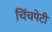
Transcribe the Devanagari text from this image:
चिंचपेटी